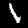
Digit: 1